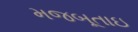
મજબૂતાઇ